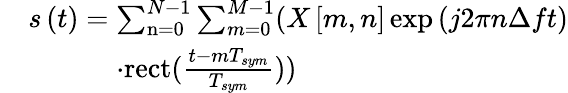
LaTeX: \begin{array}{rl}&{{s}\left({t}\right)=\sum_{\mathrm{{n}}=0}^{N-1}{\sum_{m=0}^{M-1}({X\left[{m,n}\right]}\exp\left({j2\pi n\Delta ft}\right)}}\\ &{\quad\; \; \quad\; \; \cdot{{\mathrm{rect}}}(\frac{{t-m{T_{sym}}}}{{{T_{sym}}}}))}\end{array}